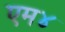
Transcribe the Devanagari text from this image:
एम४